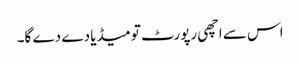
اس سے اچھی رپورٹ تو میڈیا دے دے گا۔